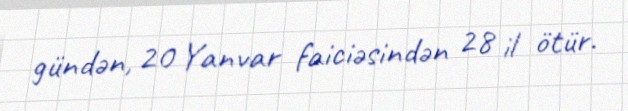
gündən, 20 Yanvar faiciəsindən 28 il ötür.